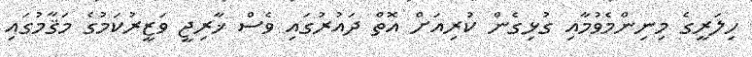
ހިލަރީގެ މިނިންމެވުމާއި ގުޅިގެން ކުރިއަށް އޮތް ދައުރުގައި ވެސް ޚާރިޖީ ވަޒީރުކަމުގެ މަޤާމުގައި